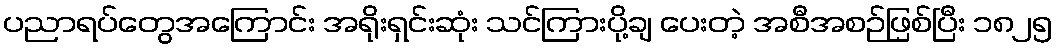
ပညာရပ်တွေအကြောင်း အရိုးရှင်းဆုံး သင်ကြားပို့ချ ပေးတဲ့ အစီအစဉ်ဖြစ်ပြီး ၁၈၂၅